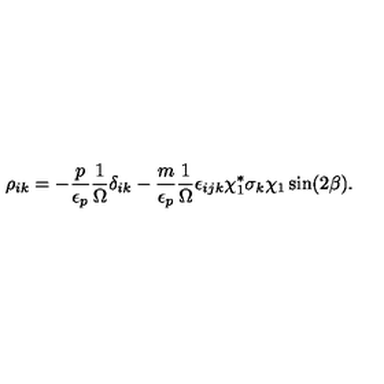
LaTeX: \rho _ { i k } = - \frac { p } { \epsilon _ { p } } \frac { 1 } { \Omega } \delta _ { i k } - \frac { m } { \epsilon _ { p } } \frac { 1 } { \Omega } \epsilon _ { i j k } \chi _ { 1 } ^ { * } \sigma _ { k } \chi _ { 1 } \sin ( 2 \beta ) .